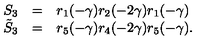
\begin{array} { r c l } { S _ { 3 } } & { = } & { r _ { 1 } ( - \gamma ) r _ { 2 } ( - 2 \gamma ) r _ { 1 } ( - \gamma ) } \\ { \tilde { S } _ { 3 } } & { = } & { r _ { 5 } ( - \gamma ) r _ { 4 } ( - 2 \gamma ) r _ { 5 } ( - \gamma ) . } \\ \end{array}